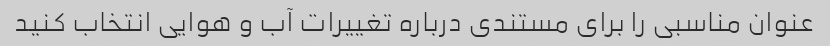
عنوان مناسبی را برای مستندی درباره تغییرات آب و هوایی انتخاب کنید